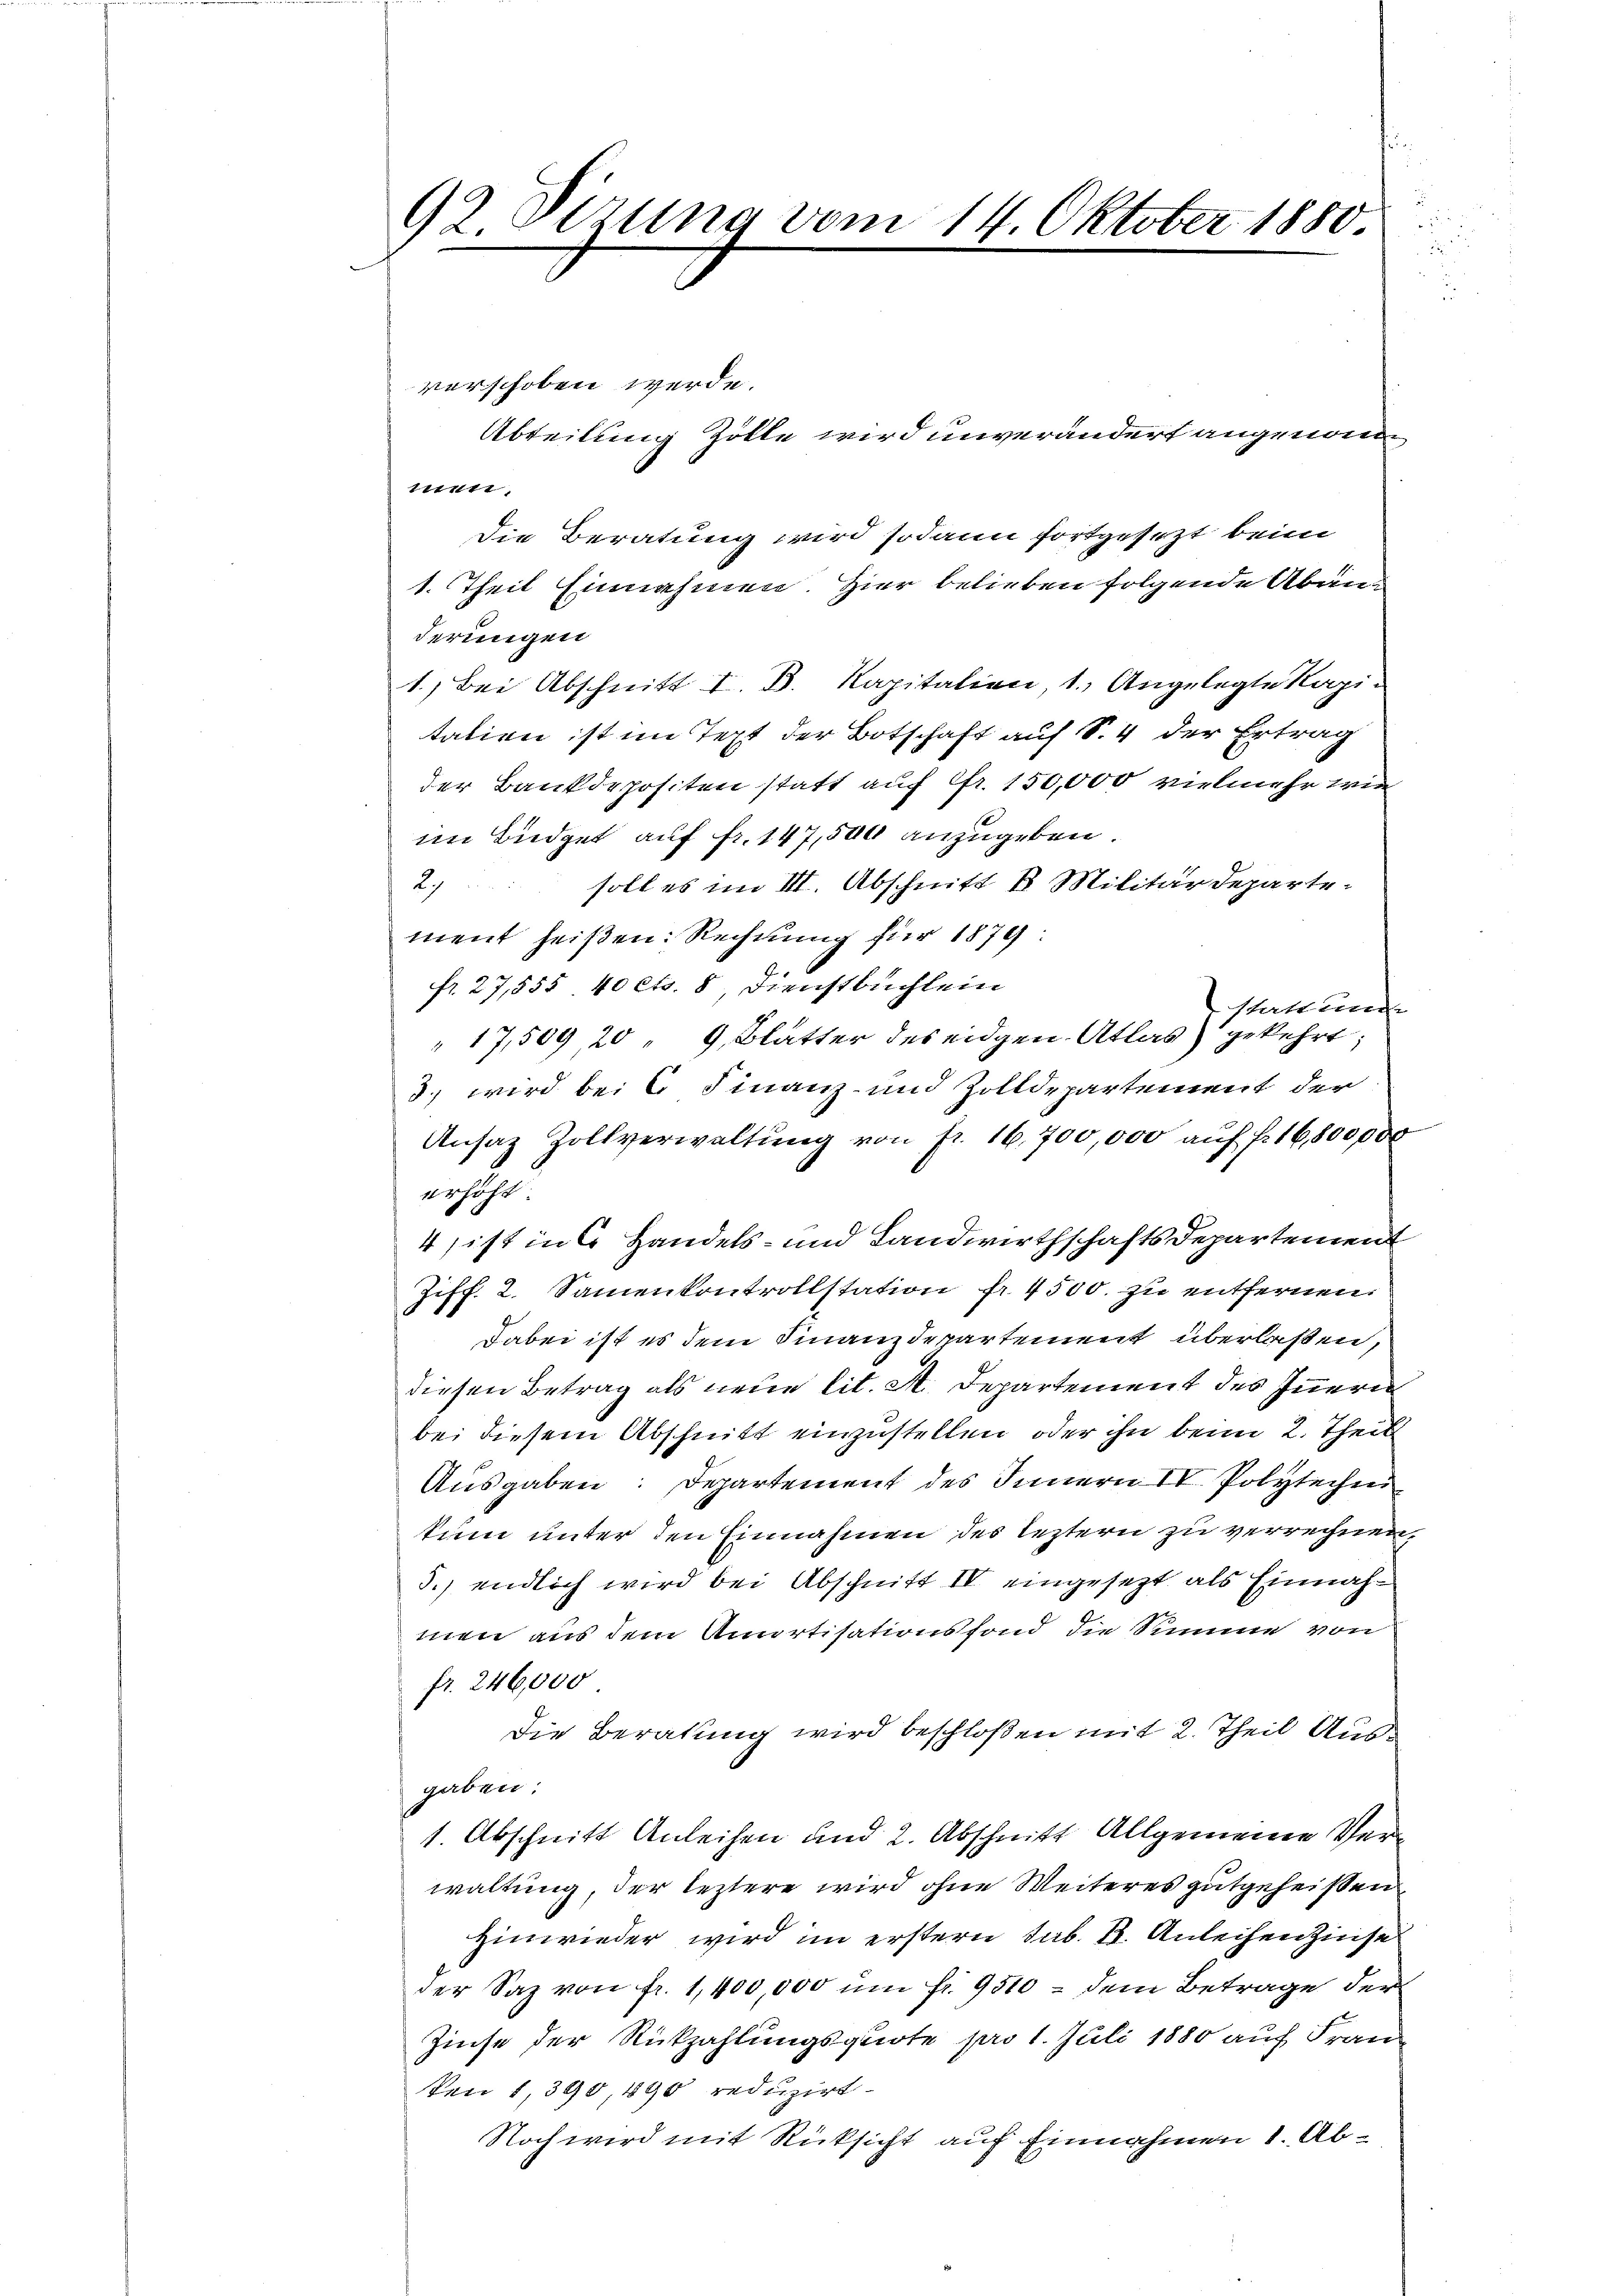
92. Sizung vom 14. Oktober 1880.
e

men
Die Beratung wird sodann fortgesezt beim
1. Theil Einnahmen. Hier belieben folgende Abänderungen
1.) Bei Abschnitt I. B. Kapitalien, 1. Angelegte Kapitation ist im Text der Botschaft auf S. 4 der Ertrag
der Bankdepositen statt auf fr. 150,000 vielmehr wie
im Büdget auf fr. 147,500 anzugeben.
2. soll es im III. Abschnitt k. Militärdeparte-
ment heißen: Rechnung für 1879:
fr. 27,555 40 Cts. 85, Dienstbuchlein
stattung
" 17,509, 20 " 9, Blatter des eidgen. Atlas gekehrt
3.) wird bei C. Finanz- und Zolldepartement der
Ansaz Zollverwaltung von fr. 16,700,000 auf fr. 16,800,000
erhöht.
4 ist in Handels- und Landwirthschafts Departement
Ziff. 2. Samenkontrollstation fr. 4500. zu entfernen.
Dabei ist es dem Finanzdepartement überlaßen,
diesen Betrag als neue lit. A. Departement des Innern
bei diesem Abschnitt einzustellen, oder ihn beim 2. Theil
Ausgaben: Departement des Innern IV. Polytechen
kum unter den Einnahmen des leztern zu verrechnen,
5.) endlich wird bei Abschnitt IV eingesetzt als Einnahmen aus dem Anurtisationsfond die Summe von
fr. 246,000
Die Beratung wird beschloßen mit 2. Theil Ausgaben:
1. Abschnitt Anleihen und 2. Abschnitt Allgemeine Verwaltung, der leztere wird ohne Weiteres gutgeheißen
Hinwieder wird im erstern sub. 4. Anleihen Zinse
der Saz von fr. 1,400,000 um fr. 9510 - dem Betrage der
Zinse der Rückzahlungsquote pro 1. Juli 1880 auf Fran
ken 1,390, 190 reduzirt.
Noch wird mit Rücksicht auf Einnahmen 1. Ab¬

verschoben werde.

Abteilung Zolle wird unverändert angenom¬